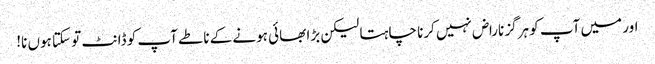
اور میں آپ کو ہرگز ناراض نہیں کرنا چاہتا لیکن بڑا بھائی ہونے کے ناطے آپ کو ڈانٹ تو سکتا ہوں نا!